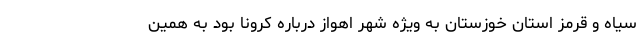
سیاه و قرمز استان خوزستان به ویژه شهر اهواز درباره کرونا بود به همین